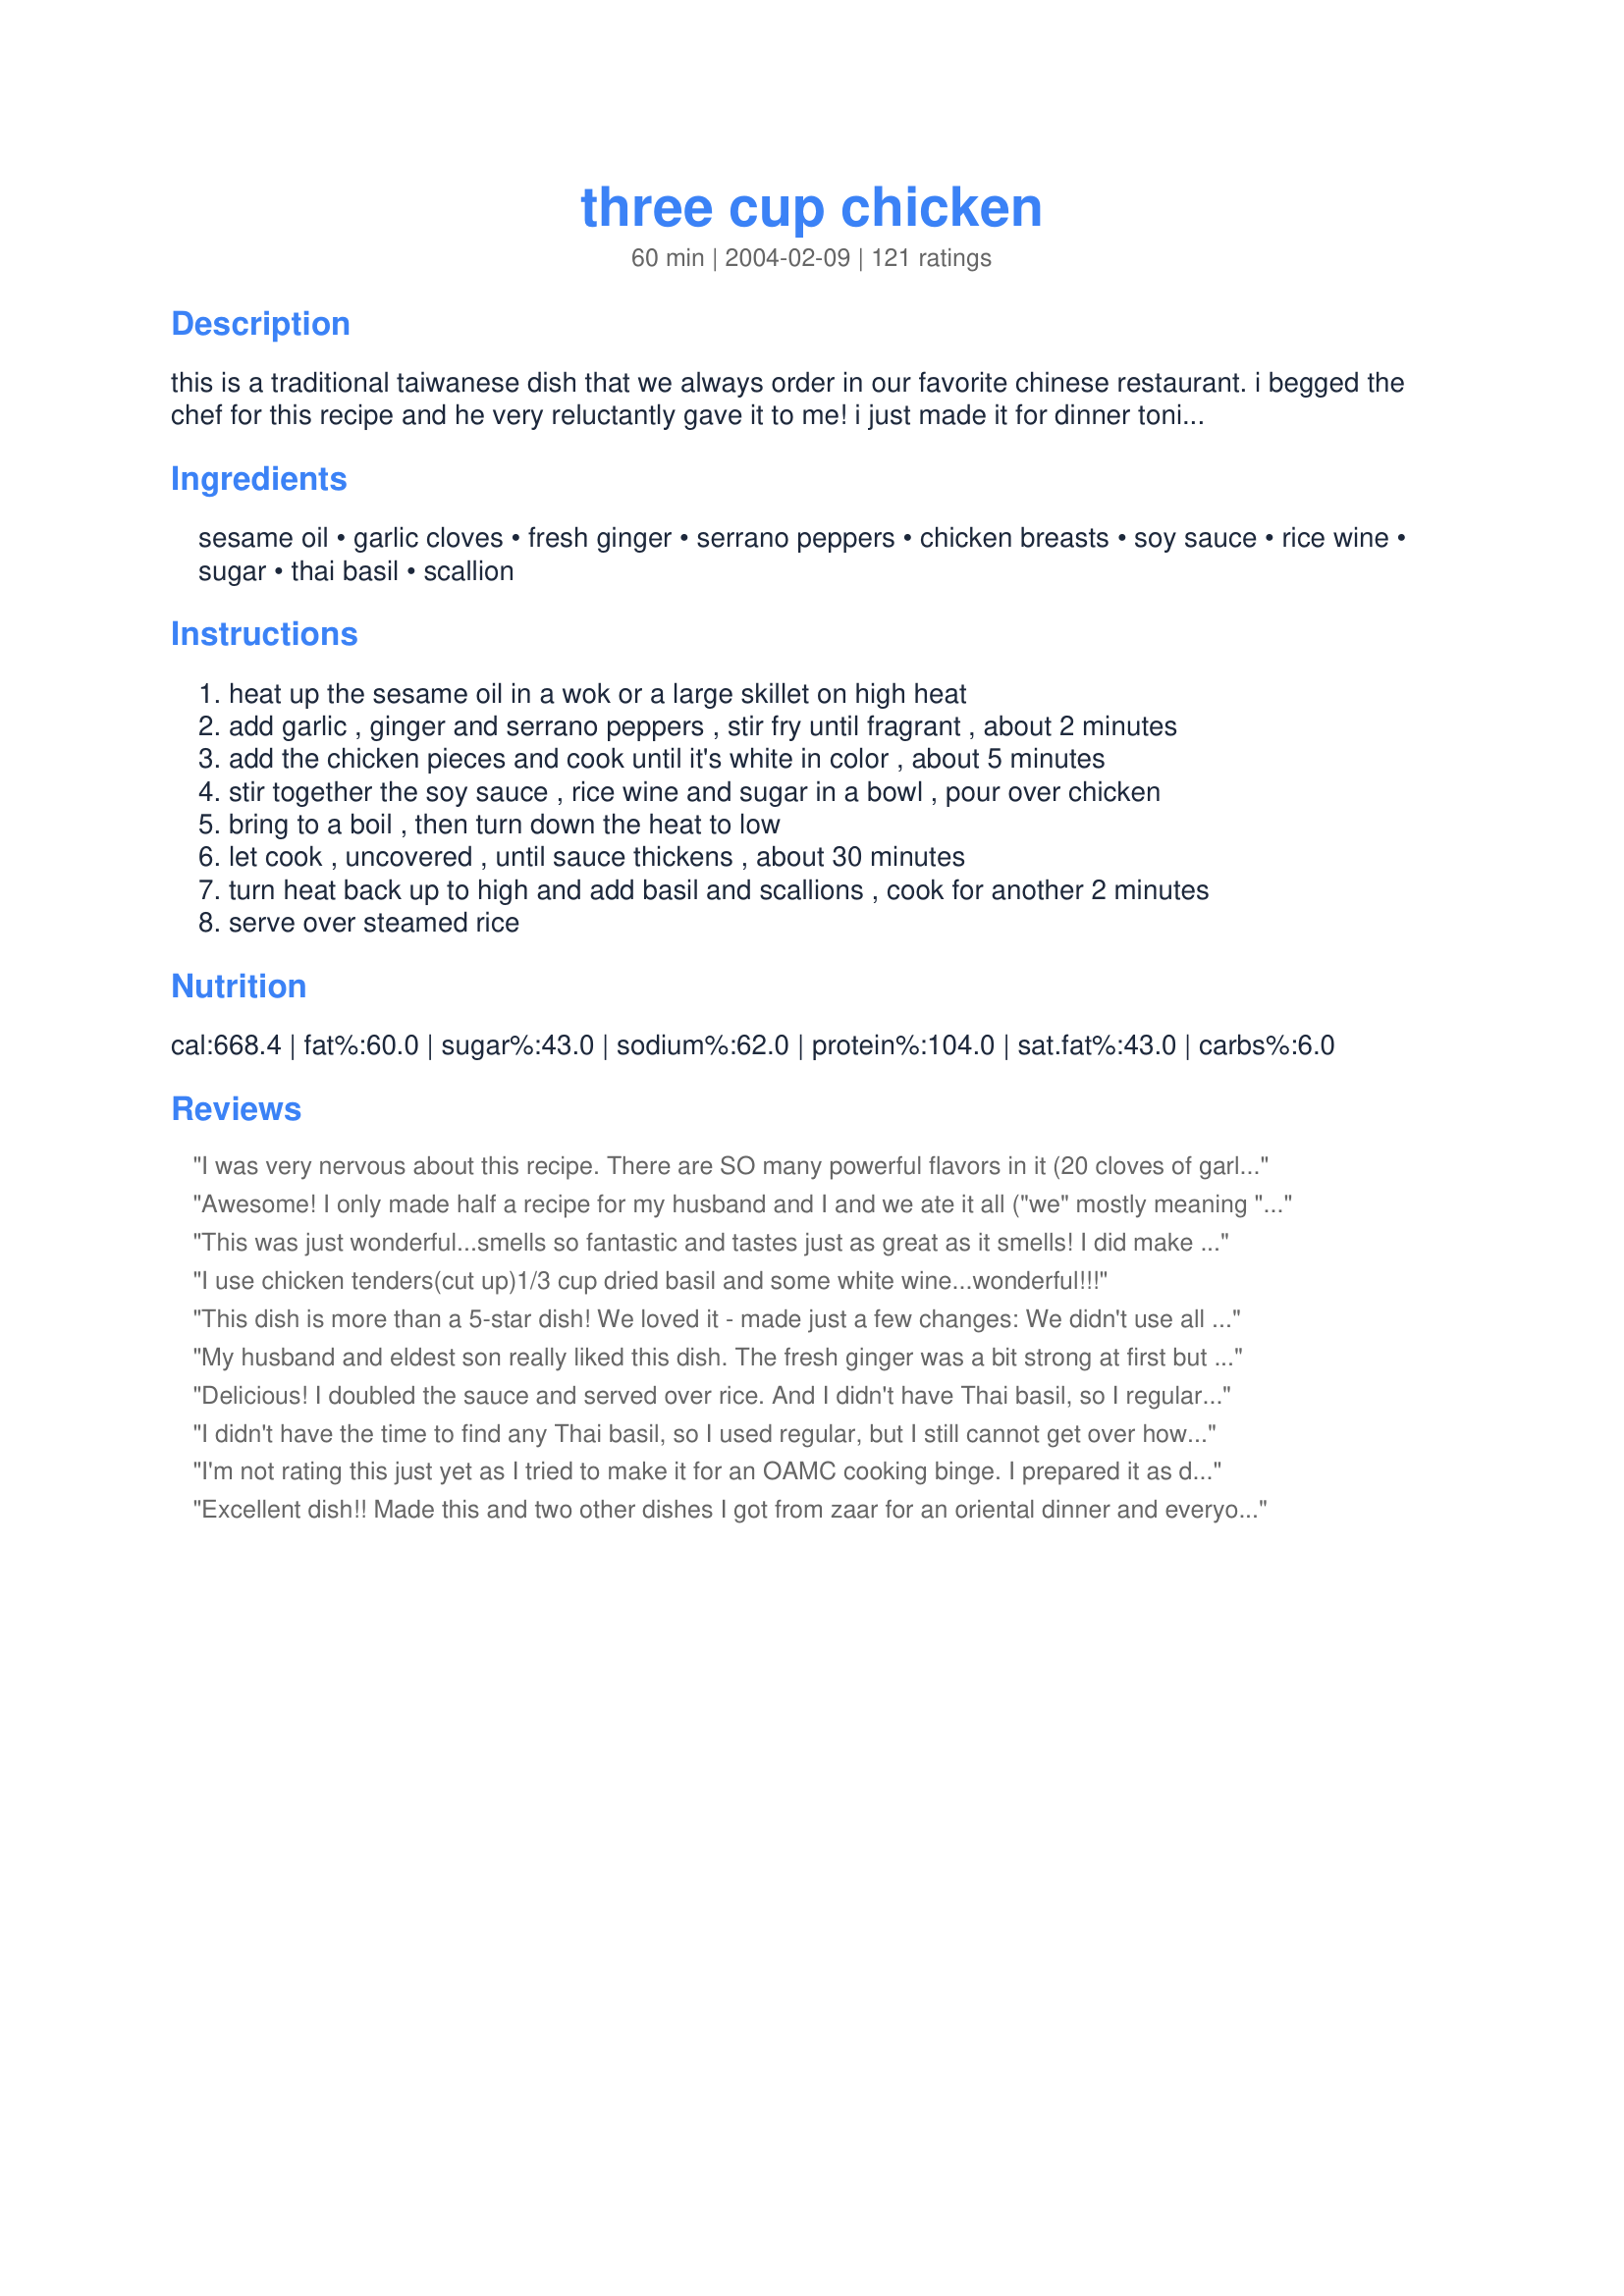
three cup chicken
Preparation time: 60 minutes

this is a traditional taiwanese dish that we always order in our favorite chinese restaurant. i begged the chef for this recipe and he very reluctantly gave it to me! i just made it for dinner tonight and couldn't wait to post this to share it with all of you!

Ingredients:
sesame oil, garlic cloves, fresh ginger, serrano peppers, chicken breasts, soy sauce, rice wine, sugar, thai basil, scallion

Steps:
heat up the sesame oil in a wok or a large skillet on high heat
add garlic , ginger and serrano peppers , stir fry until fragrant , about 2 minutes
add the chicken pieces and cook until it's white in color , about 5 minutes
stir together the soy sauce , rice wine and sugar in a bowl , pour over chicken
bring to a boil , then turn down the heat to low
let cook , uncovered , until sauce thickens , about 30 minutes
turn heat back up to high and add basil and scallions , cook for another 2 minutes
serve over steamed rice

Reviews:
I was very nervous about this recipe. There are SO many powerful flavors in it (20 cloves of garlic!?!?!), if it weren't for all the great reviews I wouldn't have tried it. I followed it to the letter and it was delicious! I'll be making this again for sure!
Awesome! I only made half a recipe for my husband and I and we ate it all ("we" mostly meaning "he"), and I wished I'd made more! Wonderful flavor, I will definitely make it again-- thanks!
This was just wonderful...smells so fantastic and tastes just as great as it smells! I did make some modifications. It was just for the two of us so I only used 3 chicken breasts and the full amount of most everything else. I used only 2 tbl. of sesame oil because I am watching calories and it worked out great. I used splenda brown sugar blend and used half of what is called for because splenda is super sweet. I also only had about a cup of basil, so that's all I used and really it seemed perfect. I used 3 tsp. of sambal oelek for the serrano peppers because it is heat I can count on. We loved the sweet and spicy taste, all of the flavors melded so wonderfully together and all that garlic is really a must, don't skimp on it really. Next time I might try omitting the sugar completely and using medium sweet soy (Kecap Manis) for the soy sauce. I think the kecap manis will make the sweetness a little more mild and the sauce a little stickier and thicker consistancy. Thanks we will be making this again and again!
I use chicken tenders(cut up)1/3 cup dried basil and some white wine...wonderful!!!
This dish is more than a 5-star dish!

We loved it - made just a few changes:

We didn't use all the oil it called for - not all of the garlic either - we also doubled the sauce and rather than let it cook for so long we just added a little cornstarch to the sauce to thicken it up. We couldn't find the Thai basil so we just used regular and it came out great. We didn't use quite that much basil either.

This is definitely a keeper! Thanks for posting.
My husband and eldest son really liked this dish. The fresh ginger was a bit strong at first but mellowed out after cooling down a bit. I will probably reduce the ginger to 8 slices next time and add the basil that just sat on the counter waiting to be put in...duh.
Delicious! I doubled the sauce and served over rice. And I didn't have Thai basil, so I regular basil (and not 2 cups). I kinda forgot how hot serrano peppers were!
I didn't have the time to find any Thai basil, so I used regular, but I still cannot get over how fantastic this dish is! The house smelled great while it was cooking and everyone couldn't wait to eat! I used cut up thigh pieces and I'm so glad I did... this tastes like authentic food and I just love using and smelling fresh ginger! Tasty and will make again and again.
I'm not rating this just yet as I tried to make it for an OAMC cooking binge. I prepared it as directed up to step 7 and then froze it, thawed it later and finished the other two steps. I think that by freezing it and then thawing it (over the course of a whole day!), the sauce worked more as a marinade and the chicken soaked up too much sodium. This is completely an OPERATOR ERROR, as I'm certain a recipe with so many great reviews that smelled so great cooking cannot be blamed! I will make this again "fresh" and update my review.
Excellent dish!! Made this and two other dishes I got from zaar for an oriental dinner and everyone loved this. I couldn't find thai basil where I shop so I just used regular fresh basil and it was still very good, and easy to make. Thanks Grace Lynn.
This was something different to do with the boneless breasts I had. My son was pleased with it and said it tasted really good. I used rice vinegar in place of the wine, since that is what I had, and thought it had a little too much tang. I forgot to pick up the basil at the store and then forgot all about the scallions until after we had already finished eating. I made double the sauce and used half to marinade the cubed chicken for a couple of hours and the other half to used per the recipe. I started cooking this when I put my rice on and left it simmer until the rice was done. Next time I would like to try it with the wine, basil, and scallions. (123)
Very good and relatively easy to make. I used less sesame oil and basil. My daughter loved this!
This Dish was AMAZING! I made it for my mother when she was sick because of all the garlic and ginger. She raved about how delicious it was all night and then when she woke up the next morning she declared that it had cured her of her cold haha! It has been requested more times since than there are days since I cooked it.
I had never had three cup chicken, so I wasn't too sure how this was supposed to come out, or how authentic the recipe would be. But my husband said it tastes exactly like the ones served in restaurants, and he thought it came out really good! Thank you so much!
Good recipe. Added mushrooms that needed to be used up...everyone liked it.
My entire family loved this! Used twenty large cloves of garlic, and minced my ginger rather than using slices. Used fresh basil(not Thai) from my garden. Added the sauce to the raw chicken and let sit for about 30 minutes before I threw the chicken/sauce in the wok with the stir fried garlic mixture and cooked until it reduced. Served with jasmine rice and fresh mango for dessert. My serranos were on the large side, but this wasn't overly spicy, even for my kids. Thanks for sharing the recipe!
Delicious! When starting to prepare dinner last night I realized I was out of chicken so I used some thinly sliced steak and followed the rest of the recipe exactly. It was awesome! DH suggested marintating the steak beforehand in the same sauce to really pick up the flavor. I also added a little bit of cornstarch slurry to thicken it up but otherwise kept the same. I will most definitely be making again. Thanks!
Hot Hot Hot !
i would cut down on the serrano peppers.

But so god damn good !
i've cooked this twice and used apple juice in stead of the rice wine the second time around and it turned out grate!
Sesame oil is a very health conscience oil...Don't feel any more guilty using it than olive oil.
This is an awesome recipe. It comes together so easily, and the flavors were right on the money. This is the closest thing I've found to the basil chicken recipe at my favorite Asian restaurant. Can't wait to make this one again for company. A definate keeper. I'm so glad I found this one.
I have made this several times now and the reponse is always....can I please have your recipe..It's that good. Our whole family loves it.
The only problem I had with this recipe is that I didn't double it. WOW. Great flavor! I didn't have Thai Basil, or Serrano peppers. Used regular basil and jalapino's I am sure the basil would have enhanced the flavor a little, I can't imagine it being any better that it was. Thanks for begging This is a definate again soon!
This dish is so aromatic and tasty. Try to use Thai basil if you can, they are more fragrant and citrusy than regular basil. I would decrease the amount of soy sauce next time, as it was a little salty for our taste. I added a little chili powder for more kick. Very nice.
I tried this chicken in Taiwanese restaurant before, therefore I decided to DIY it at home. By using this recipe the cooking result is better than what we get locally. I put in 50g of Thai basir leaf, it really give the dish a slight peppery kick. Home grown basil leaf is always taste the best and it can be grown effortlessly by sticking stem into soil. Lisa( www.bakingfrenzy.com)
This is a very good recipe. I took a star off because the direction for cooking the chicken impact the final results. After you bring this to a boil, you should turn it down to a simmer and not medium! I turn it on medium like the recipe called for and I was left with rubbery chicken. The sauce was really good over rice but the chicken was not good since it was so tough. If you are having trouble finding Thai basil, I found in an Asian supermarket in the refrigerated section along with other speciality items, like chilis and pickled vegetables. They don't call it Thai basil but it has purple stems so you should smell it before you buy it and make sure it's not actually mint.
Amazing!!! I had to use rice wine vinegar (I don't know how different that is from rice wine). I had to use 1 tsp of basil season for every tablespoon of fresh basil I was supposed to use but couldn't find. Regardless, if this recipe could've been improved in any way, I don't see how.
Well once again the reviewers are right...this is a winner recipe! Easy to make and delicious. I couldnt fine Thai basil so I used regular basil and it was great. Thanks for another fab recipe!
Excellent! I used merlot(we dont get rice wine here) as suggested tasted fabulous. Thanks for this recipe!!!
We really like this recipe. I could not fine rice wine so used white wine, no thai basil so I used plain. I also doubled the sauce. Husband said soy sauce was to strong. But he cleaned his plate. I loved it. Next time will cut back on the soy sauce if I double sauce. Great recipe.
Very tasty, and fairly easy to make.

This recipe has the distinction of being the first I tried from recipzaar.

Great recipe -- I needed something to use up my bumper crop of basil, and this was just the thing! Only changes I'd make next time is to use only one Serrano pepper (or two jalapenos, which are milder) and thicken the sauce with some cornstarch/water.<br/><br/>Perfect over jasmine rice. Thanks very much for sharing!
I made this last night, it was very good. My husband only likes steak and potato kind of meals. He complained when he saw what I was making but he had no choice but to eat it. He ended up having two plate fulls! I did double the sauce as some people mentioned to do. I also used lite soy sauce and white wine because I didn't have the others and it turned out fine.
This is the greatest recipe. If you make this you will love it! This recipe contains the basic secrets of making great tasting oriental food!
delicious!!!
Yet another rave review!Yummy. My hubby and I loved this dish. Next time and there will be a next time I hope to find the Thai Basil(I used reg.) and serrano peppers(used jalepenos)our Melbourne Beach Publix was lacking a bit in selection!LOL it was still awesome.Thanks for sharing!
Very good. I'll admit, I was nervous about amount of garlic, serrano peppers, sesame oil and Thai basil, but it all comes together like a dream. I wouldn't recommend cooking the full 30 minutes on high though--I think the chicken over cooks. I'd stop next time at the point where the chicken is cooked through and then finish off with basil and scallions. A tad spicy, but I'd do it again with the same amount of serranos.
oh my this is soooo DELICIOUS!!!!! one of the best recipes i found on this site. so easy to make too. i didn't have any serrano peppers or thai basil so i substituted those for regular basil and a little bit of crushed red peppers. amazing flavor. i felt like i was at a restaurant. THANK YOU so much for sharing this recipe! =)
Superb dish. I made it for me and my sister and we kept going back for 2nds and 3rds. It had a nice amount of heat and the right amount of garlic!!
Unfortunately, my family was looking forward to this dish. But being a new cook, naively used 2 cups of dry basil...after doing that, realized that was a huge mistake and should have been fresh basil. Now I know, the meal was ruined, I don't doubt it would have been good, but never got the chance to try it. Also, upon tasting before I added the basil, realized this is a very spicy dish. So kids may not favor this if you make it for dinner.
Amazing! This is restaurant taste and easy to prepare. My family loved it. The spiciness and sweetness are perectly balanced. I was unable to find thai basil so I used regular, but still one of the best recipes I have ever tried. This is a definite keeper.
Fantastic recipe and very simple to make! I can never find fresh basil and I always double the sauce, but it still turns out great. This is probably my favorite Chinese dish and because I don't have to order it, it's even better!
I used this recipe as an inspiration and it turned out that this recipe is a very good basic one when you can change amount of some ingredients without sacrificing a taste:)
I used the whole chicken (big, 1,2 kg, cut into small pieces), less garlic (around 6 gloves), less sugar (just 1 teaspoon, and it was sweet enough for my taste), no peppers at all (didn't have any), less soy sauce and rice wine (but I followed the proportion), almost no basil and it was sooo tasteful!..My all family loved this recipe for its taste and I loved it for its simplicity as well!.. :) One of the best in my collection here.
I used mirin instead of rice wine and the sugar and it was way too sweet while sampling in the cooking process. I strained everything out and tried the sauce again without sugar and used less-salt soy. The results I achieved was the sauce was way to overpowering....I suggest putting the garlic in after the chicken is part way cooked as burned garlic may have been my problem or was the garlic just overpowering the taste (and I do like garlic)? I zipped-bagged the leftovers and added chicken broth in the bag to soften the flavors. Turned out really good when re-heated the next night.
I had to make a few changes because I was missing some ingredients, but this was still fantastic. I subbed rice vinegar for rice wine, crushed red pepper for serrano peppers, and used jarred garlic and ginger instead of fresh. I will definitely be trying this recipe again with all of the correct ingredients, but it seems like a great base recipe to make variations off of also.
This was SO good. I rarely comment on here anymore. Too many negative people but I had to say how wonderful this was. Thank you so much for begging for that recipe and posting. I didnt have three cups of basil but will try to get that much next time. I had about one and a half and it was pricey at that but soooo worth it. I made this in a motel room in an electric wok. My husband is traveling for work and food on the road is flat out disgusting. I take my Sabatier knives and a few other choice implements with me, apparently for just this occasion. It was a wonderful night in difficult circumstances. Thank you, thank you, thank you!
My family liked this a lot and it was an easy recipe. I found the basil at a asian market close by. I got a huge bag of the basil for a little over $2. I used rice wine vinegar instead of rice wine. The amount of garlic is great-not overpowering at all.
Very spicy and nice flavor. My family likes it. One note: This recipe was on the expensive side after I got all of the ingredients. I think it was the thai basil . Otherwise, it is a very unique dish.
DEFINATELY the Thai basil is the way to go, TRUE!<br/>Honestly? Initially was worried about using 20 GARLICS too!<br/>Used 20 spoonfulls jarred garlic, 10 spoonfulls jarred ginger as has on handy today!<br/>SAVES HEAPS OF TIME and makes little difference okay?<br/>This was restaurant quality,<br/>Of course, I added three heaping pinchfulls of chili!!! LOL<br/>ONLY thing I did was thicken the sauce, might be personal taste for me,<br/>Used 2 heaping teaspoons of cornstarch and thickening I did see!<br/>WHAT A GREAT RECIPE!!! SO glad I did do,<br/>Nothing best the best rating for this recipe will do!<br/>Thanks! DEFINITELY the Thai basil is the way to go, TRUE!<br/>Honestly? Initially was worried about using 20 GARLIC too!<br/>Used 20 spoonfuls jarred garlic, 10 spoonfuls jarred ginger as has on handy today!<br/>SAVES HEAPS OF TIME and makes little difference okay?<br/>This was restaurant quality,<br/>Of course, I added three heaping pinch fulls of chili!!! LOL<br/>ONLY thing I did was thicken the sauce, might be personal taste for me,<br/>Used 2 heaping teaspoons of cornstarch and thickening I did see!<br/>WHAT A GREAT RECIPE!!! SO glad I did do,<br/>Nothing best the best rating for this recipe will do!<br/>Thanks!<br/>***UPDATE Made it again today and was EVEN BETTER (as IF that were possible) Added finely diced bok choy and mushrooms; this time instead of waiting the 30 minutes, my bite size chicken was done so added about a tsp or two of Chinese cornstarch dissolved in water to the mix and VOILA!! GREAT again too!
Excellent dish! The reviews of this are spot on! I personally added a few more peppers, as I like a little more heat, but besides that, phenomenal!
DH and I made this recipe for dinner tonight and really enjoyed it. I halved the recipe to accommodate the two of us. I was very excited that the dish calls for so much Thai basil as we planted a bunch of it in our garden and thus far, hadn't used it. This has great flavor. Next time, like Sugarpea suggested, we will double or triple the sauce (it is really yummy). Our sauce reduced very quickly and didnt need the whole 30 minutes to thicken, so I would keep my eye on it more closely next time. DH also thought we would keep the amount of serrano the same as you have posted, even when halving the recipe (we like things spicy). He also suggested peanuts might taste nice in this dish. We'll have to try that out. Other than halving the recipe, we followed all ingredients and steps as posted and we will definitely make this again, experimenting with the aforementioned suggestions. Thanks for this keeper!
Wonderful chicken, Grace Lynn! We really enjoyed this tonight over steamed rice. I increased the amount of sauce, in part by adding water and cornstarch to thicken, and I added a couple pounds of roasted cubed eggplant and a red pepper for flavor and color. This was a really great meal I'll use low sodium soy sauce next time around. Thanks!
This is a fantastic recipe! The fragrance of Thai basil leaves was the key to this dish. I know normal basil will probably work fine, but if you can, you HAVE to try Thai basil! I got it from a grocer in chinatown and it changed the whole dish's aroma. Also, i added a little dark soy sauce. What a wonderful recipe, thank you so much!
Look no further for better than restaurant quality food - and a recipe which is also so easy! My husband and I were thrilled! 

I thought the soy sauce amount would be over powering, but it wasn't at all. 

Only sub I made was using Splenda in place of real sugar.
I can't think of the words to describe how FANTASTIC this dish is! I, too, used normal basil and reduced the amount of sugar (used Splenda). The flavors blend together so well that one flavor doesn't dominate the dish. DH and I will make this again and again. Serve over Jasmine rice. YUM! Thanks for working on the chef to give you the recipe!
I made this last night to have tonight. I did (of course) have to taste it, and it is wonderful. My DH had visitors downstairs while I was upstairs cooking this recipe. They were all salivating at the smell alone. I had a little trouble trying to decide how much ginger to add, as the recipe calls for slices and I only had fresh in the jar. I guess whatever added was OK since it was great. Thanks so much Grace Lynn.
What a great and very authentic recipe! It really does taste exactly like a dish I'd order from China town in Melbourne! DH gave this 4.5, but I'm the one doing the review and I give it 5!! I didn't change a thing and it worked perfectly. Plus my car smelled FANTASTIC from having Thai basil in it for half an hour!
It took me forever to find the right basil. I thought when I finally did it would cost a fortune. However, I spent a mere 1.50 for the entire amount. This blew my DH's mind! We ate so much and hardly touched the other dishes.
We both really liked this recipe. It was so easy to make and had the perfect amount of spiciness. I cut back the amount of oil and used canola oil, I used white wine because I didn't have any rice wine, I guessed on the amounts of garlic and ginger because we keep fresh ground in the fridge, I just used regular basil, and I used sliced white onion instead of scallions. I also used only thigh meat because it is so much tastier than white meat in my opinion. I will definitely make this recipe again sometime!
Awesome recipe--authentic, and VERY tasty :)
This is my go-to recipe when I am craving Thai food without the heaviness of coconut milk. It is absolutely delish and easy easy easy. I have substituted apple cider vinegar and cane vinegar with no problem, and usually add a little chicken broth to it while it's boiling and add baby bok choy, carrots and onions along with the scallions for the last 5 minutes. Don't be scared to follow this recipe exactly as is, though...thanks Grace Lynn!
This was great! The flavors were awesome and it had just enough heat for our tastes. This will become a staple at my house.
This is an absolutely amazing recipe! I used chili pepper flakes instead of serrano peppers and cilantro instead of basil.
My garlic cloves were rather large so I only used 10. I think the next time I will use more. It was not garlicky tasting at all. I also used jalepeno peppers and seasoned rice wine vinegar instead of the rice wine and like many others, I used regular fresh basil. Maybe it is not fair, since I made so many substitutions but it sure was delicious. I will definitely make again.
my daughter is learning to cook and chose this recipe to try tonite. it smells as wonderful as it tastes, and she prepared it with ease. thank you so much... she has added it to her recipe card file.
Very delicious! Cooking for two, we used 2 chicken breasts, doubled the sauce & used low sodium soy sauce. It was still too salty for our tastes, so next time we’ll use more rice wine than soy sauce. I don’t think we needed that much oil to sauté either. DH gave a 4 star because of the saltiness (the only complaint), but I will give 5 since this consideration is really a personal one. Delicious, easy, non-expensive, and relatively quick.
I was not so sure about all that garlic and Thai Basil. I will not doubt you again! It was like nothing I've ever made before (and I am Japanese). I used dark meat instead of breast, because I was afraid that white meat will dry out. I did not use the sesame oil for cooking, because it tends to burn easy and has bitter taste after cooking(and lose much of the flavor in cooking), but used regular oil to cook in and drizzled the sesame oil after cooking for flavor. I really love the Thai basil, which fortunately for me, I can buy at Asian market down the street for $2.00 for a big bunch. I'd like to try the sauce with some good firm fish or even tofu.
My fiance made this for dinner tonight and we both enjoyed it. We did double the sauce. Thanks!
very good & easy. Next time I will simmer the chicken for 15 minutes instead of 30. Our chicken was a little tough, but the flavor was great. Thank you for posting.
I have tried several times to leave a review. In the meantime I have made this dish several times. It took me four times to get it right. With my two kids and the husband, I was always making stupid mistakes. The worst was when I absentmindedly mixed the sugar into the chicken instead of into the sauce. All the garlic, ginger, and peppers stuck together into clumps that burnt. No matter how I messed up this recipe, it was always good. When you actually follow all the directions and use all the ingredients, it's excellent. I'm making it again tonight for guests. Thanks for the great recipe Grace Lynn.
This was very good, tastes like restaurant quality. For me and my husband, I used 2 chicken breasts and used only 1 tablespoon of sesame oil. I kept all of the other measurements the same. I am afraid that I did not make enough since my husband has quite a big appetite and this is so good, I'll see tonight. Thanks for sharing!
Really enjoyed this! Easy to make and tasty! There are five of us in our family and we all take our turn to cook on a wedneday night. I always look on the internet for ideas, this one sounded very interesting. I was quite concerned with the 20 cloves of garlic but trust me, it really does not over power the dish. I used White Zinfandel, as an alternative to rice wine and also used sweet peppers and 2 tsp red lazy chillies and a splash of rice vinigar. I might be tempted to maybe mirinade the chicken. I dont think there is suppost to be much sauce so dont worry, it went a bit thick towards the end, so I added a splash of more wine! Overall very tasty and well worth coooking, thumbs up from all!
Mmmmm yum! I am so glad that he gave up the recipe Grace Lynn (and that you did too)! This is a fabulous dish!
This is VERY good! Of course, I didn't have everything on hand, so I had to make a few substitutions: powdered ginger, chili pepper flakes, dried basil (about a tablespoon). I also used Splenda for the sugar.

We wanted the sauce thicker, so I added a tablespoon of cornstarch to the soy sauce mixture.

Dang! I wish I had made more for leftovers!! Thanks SO much!!
The BEST most delicious recipe we've tried yet!!! My husband eats only low carb so we sub'd Splenda for sugar and it turned out AMAZING!!! I can't begin to describe how phenominal this recipe is. I had doubts about the massive garlic and the basil (just used regular fresh basil) but it completely worked together! Try this recipe - you won't be dissapointed!
Great dish! I loved the flavor of the sauce and it involved very little hands-on cooking time. I'd make some changes next time -- the dish was extremely spicy, so I'd leave the seeds in only one pepper, and the chicken was overcooked, so I think I'll cook the chicken in the sauce instead of cooking it before adding the sauce. Thanks for such a yummy recipe!
So good! I used chicken breasts instead of thighs and it was wonderful. The only thing I didn't do was add the basil at the end, because I forgot! But it still turned out awesome.
this is awesome. i used merlot instead of rice wine, too and it was delicious. even my dad who hates chinese food loved it. most definitely will make this again. thanks for the great recipe.
love this, doubled the recipe because we love it saucy!!!
Awesome! I used normal basil as well as some of the other reviewers, and this dish was easy and very delicious.
I eat chicken just about every night. and I would have to say that this is easily my favourite recipe. The flavors are all well balanced and the final product tastes exquisite. Definitely make sure that you use fresh ingredients! Also, this recipe freezes and reheats easily for OAMC.
Very good. I cut the sesame oil down to 1 tbsp but otherwise tried to follow the recipe. Did not have rice wine, so I used some white wine. I'm also not sure what thai basil is, so I used regular basil. Was not spicy enough for my tastes, next time I will add some cayenne pepper.
very good recipe! Everyone in my family loved it!
Wow. Really good. I used all the correct ingredients, but I ended up marinating the chicken in the sauce for over a day. Then as I was cooking the chicken, I added the first garlic portion to it. It came out really good. Next time I think I will do the sauteeing of the garlic, etc., and then make the sauce and marinate the whole thing together. Thanks for posting a great recipe.
Delicious! I used to go with my family to a local Taiwanese eatery and this three-cup chicken has just about the same wonderful flavor--very authentic. The thai basil really gives it that spicy aroma that differentiates this dish from ordinary Chinese dishes. If you can get it (sold fresh usually at oriental food stores) you really really should try it!!!
Made this for dinner. I used 2 whole garlic bulbs which is more or less 20 garlic cloves. I ommited the thai basil simply because i didnt have any but the flavour from the wine, sesame oil and soy sauce is really good. A bit on the sweet side but my family enjoyed it. Best of all, there is no msg in this dish. Thanks Grace for sharing.
For my health-conscious family, I used less than half the sesame oil (just enough to coat the pan), and it still turned out great. Love the sweet spicy basil. Next time I may try to flour the chicken before browning to see if it stays a little more tender.
I have made this dish several times just as written! It's fabulous! I love it because it calls for serrano peppers, which I always cook with. Plus it is a great Asian dish that doesn't call for cornstarch and DH hates cornstarch so I'm always struggling to find a recipe without it! Thanks so much for the awesome dish Grace Lynn!
This chicken was a little too salty because of the amount of soy sauce. It had a very strong herb taste because of the basil. It was not as sweet as I wanted it to be. But it was ok to eat for one time.
loves the taste and its easy to cook. I get to clear loads of my Thai Basil from garden too. Thank you Grace for sharing the recipe.
It's so good and garlicy! Make sure you have good ventilation when cooking this dish. Can't go wrong with it. Adjustment made: Marinatedd the chicken in the liquid mixture (soy sauce, wine, sugar) 1/2 hour before stir frying process. I suggest that you reduced sugar and soya sauce when cooking, as you might find it too sweet/salty vice versa. You can always taste the dish and add more sugar/soya sauce later. I used rice wine and moscato wine because I didn't have anough. I didn't use basil at all. Result... so tasty I have to eat it right away!
We recently moved and I haven't found a great local chinese place yet - Now it seems I don't need to. This recipe was simple and outstanding! Thanks
Great recipe~~Thanks so much! We both enjoyed this dish and I got a chance to try out some Thai Basil from my herb garden! :O)
Absolutely amazing!!! Love it! It was a little spicy for my young kids, I'll probably only use one pepper next time. Thanks!
Winner!!!! I did things a little different than stated. I doubled the soy sauce, rice wine and sugar. I added a bit of corn startch to thicken. I was afraid to use the serrano peppers with the seeds, so I just cooked it without them, it was perfect, just enough of a bite. I could not find Thai basil, so I used regular fresh basil, I chopped 4 leaves. My family said, "add this to my favorite meals".
Used jalapeno peppers (all we had) and it was a little too spicy with the membranes and seeds. Despite the heat, it had a slightly sweet taste. May tweak this recipe because I really like basil chicken type dishes.
Great very spicy and I like it that way! Have taken it to work for work potlucks and it is always a hit. Beware for those of you that dont like spicy food you may want to tone it down.
This was a delicious recipe. I was a little concerned at the sheer amount of garlic at first but it worked perfectly. I wasn't sure the recipe would go right because I had to replace serranos with jalapenos, rice wine with rice vinegar, and scallions with onions, but this was considered the best food at the potluck. Thank you so much!
Thought this was a little too sweet even after only using 2 1/2 tab. of sugar. Next time will use 1 1/2 tab.. But hubby loved it. Thank next time i will also add some brocolli and maybe some peanuts.
Excellent flavor and will make it again.

I'm still not sure what I did wrong mine ended up like a salt lick. So salty it was difficult to eat so I had to so something wrong but I am not defeated yet I'm going to try it again!
Very tasty. I used cooking sherry in place of the rice wine and I'd probably only use one serrano pepper next time! Definitely a "keeper!"
A Ten Star recipe! Outstanding flavor, spicyness and tenderness-can't say enough good things about this entree. Only change I would make next time is to double or triple the sauce. Don't know what oriental basil is so I used fresh chopped ordinary basil. Probably not anything alike but who cares? It was a wonderful meal!!
Entire family loved it. Used a mix of white wine and gin instead of rice wine and had to use regular basil.
All flavors mixed great...
Excellent. I doubled the sauce, but used mirin (sweet rice wine) instead of regular rice wine and omitted the sugar. I also slice the scallions smaller and sauteed them before adding them at the end. I also had to use regular basil, but it still came out great. Thanks!
love loveeee it! Being Asian, this is the type of food we grew up with. Didn't have Thai basil so used Italian basil, it was still great! Original 3-cups chicken uses whole chopped up chicken, cut to small chunks so nothing goes to waste. Great recipe. Thanks Gracie!!
Well, I first have to say that I didn't follow the recipe exactly, but I stayed pretty close to it, and my family thought it was delicious! I guess the only changes that I made, was that I didn't add any Thai basil, because I didn't have any, and I also didn't have any scallions. Also, instead of using sugar, I used honey. I served it with brown rice and an Asian salad and it made for a very tasty dinner.
Yes, twenty cloves of garlic is alot of garlic to mince but it's so worth it. We loved it! I was afraid my husband & I would be smelling of garlic for days but I was very surprised how the garlic mellowed out while frying in the sesame oil. We followed the recipe as is, except we substituted 1 cup of sweet basil for the thai basil. Our chicken thighs were so tender & the sauce was so tasty. Thank you for posting this recipe.
WOW - This dish was great! Very tasty! I went to the local Asian market to buy the Thai basil and they weren't familiar with it, unfortunately, so I used regular basil. It was a little too spicy for my family, so I will only use one serrano pepper next time. Thanks so much for sharing, Grace Lynn! It's a keeper!
This was sooo good! I halved the recipe for my husband and I. Slightly spicy, just right. Next time I will make twice and much sauce because it cooks away in the 30 minutes that it simmers. THANK YOU!
I love this chicken and I don't even like chicken. The sauce is delicious, savory, flavorful and spicy. I used jalapeno peppers and it was still very spicy. But a good spicy. My kids could not handle the spice and my husband barely. I thought simmering 30 minutes was too long so I reduced it to 10 minutes. I will make this again. The fresh garlic, ginger, basil and scallion makes it so flavorful and delicious. Thank you.
It's very flavorful and the combination between the garlic and ginger is very good. I did double the sauce, which after adding the rice... still was a bit dry... but we loved the texture and flavor!!! thanks for sharing.
Excellent recipe and defintely worthy of the 5 star rating with the powerful combination of flavors. This reminded me a bit of Thai pad grapow, but I really enjoyed it more as the comination of rice wine, soy sauce, and sugar really adds an additional kick that takes this dish to the next level. We added lemongrass to the chicken while it was sauteeing just for a bit of extra flavor, and I'd also recommend adding a little corn starch to assist in thickening the sauce so that it coats nicely. Thanks for badgering the chef for this recipe - its more than worth your trouble!
Out of control. I had this with some friends and family tonight. All you heard were moans of joy...
Great recipe, I would definately add more peppers next time, as I like it a little spicier. Very easy to make...Thanks!
This is so good. I couldn't find Thai basil so I omitted it, but we loved it anyway. I will make again and we want to add the basil. I love the spice in this. Thank you so much for sharing your recipe with us.
Awesome. This was a simple prep wok recipe that my entire family enjoyed (age 10,13,16,18 and mom and dad). Flavors were terrific. Hard to find a recipe to satisfy som many tastes. EXCELLENT>
Wow! Look no further...This recipe is fabulous. I couldn't find Thai basil so I used regular basil. We will make this again. Thanks for posting this fantastic recipe.
This was excellent! I didn't add the basil because I wasn't sure how the kids would like it and it still had wonderful flavor. I didn't have time to simmer for 30 minutes, so I added a bit of cornstarch which thickened it nicely. Served over rice and got rave reviews! Thanks!
Yummy! We used pale dry sherry instead of rice wine since it's a really good substitute in Chinese recipes. Also we used one cup of basil and one cup of cilantro. Lastly, we did all up to step 5 in the morning to let the chicken marinate all day in the sauce and then resumed with step 6 in the evening. Next time I won't simmer for quite as long so we don't lose too much of the sauce. Will defintiely make again!
Okay, I would never normally write a review but wow. I had to create an account just to say how amazing this is. This recipe is incredible. The chicken has so much flavour and despite so much garlic being put in, it's not overwhelming at all. I would recommend marinating the chicken in the sauce before cooking it for 10-15 minutes, but overall it's just an amazing recipe.
This was a great dish! Unlike some other reviewers I added extra peppers. We like our food truly spicy. I did add a cornstarch slurry before simmering for 30 minutes. I liked the basil and garlic combination with the spiciness from the peppers. Otherwise I followed the recipe. Thank you Grace Lynn for this wonderful recipe.
